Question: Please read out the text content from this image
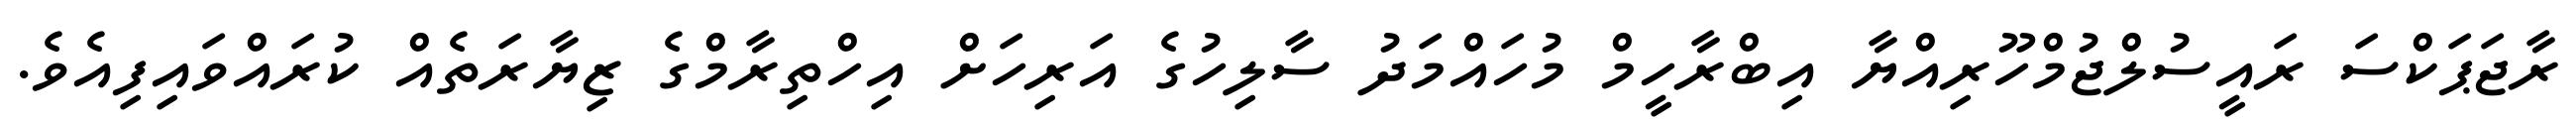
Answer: ރާޖަޕަކްސަ ރައީސުލްޖުމްހޫރިއްޔާ އިބްރާހީމް މުހައްމަދު ސާލިހުގެ އަރިހަށް އިހްތިރާމްގެ ޒިޔާރަތެއް ކުރައްވައިފިއެވެ.